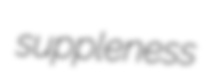
suppleness